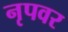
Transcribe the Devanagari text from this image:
नृपवर